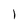
Character: l